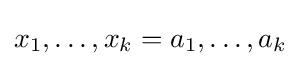
x_{1},\ldots ,x_{k}=a_{1},\ldots ,a_{k}